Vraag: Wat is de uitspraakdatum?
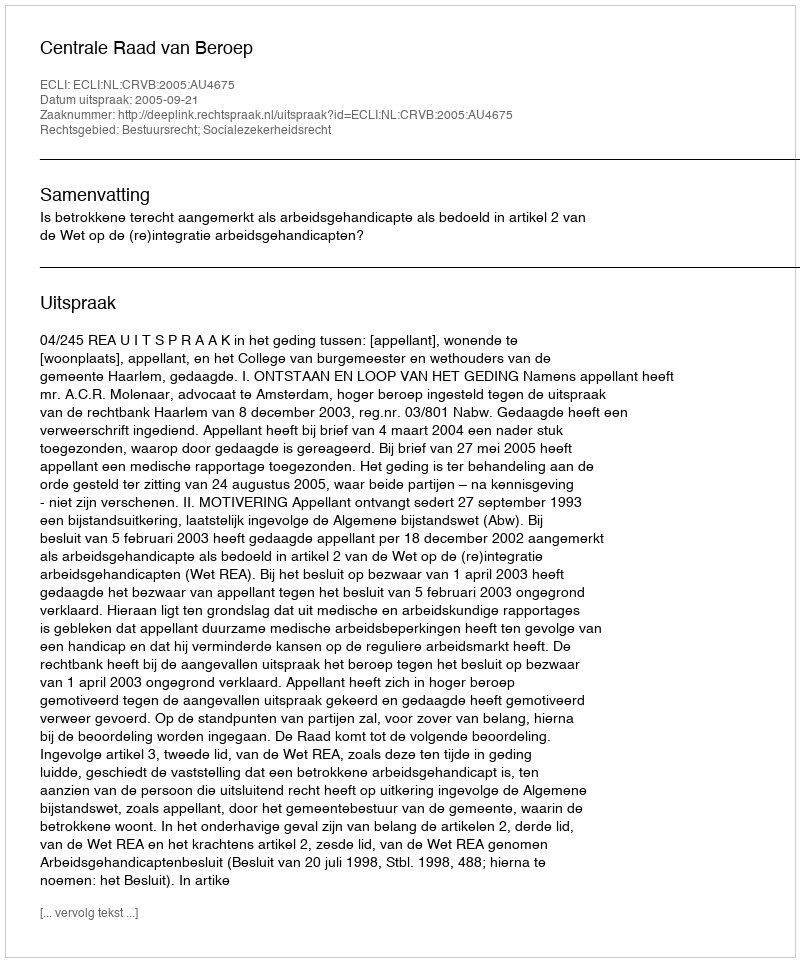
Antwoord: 2005-09-21